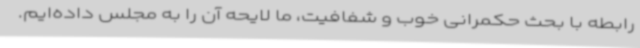
رابطه با بحث حکمرانی خوب و شفافیت، ما لایحه آن را به مجلس داده‌ایم.